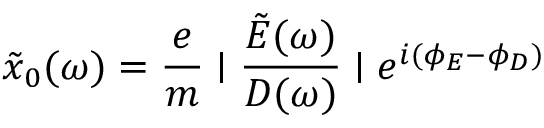
\tilde { x } _ { 0 } ( \omega ) = \frac { e } { m } \mid \frac { \tilde { E } ( \omega ) } { D ( \omega ) } \mid e ^ { i ( \phi _ { E } - \phi _ { D } ) }